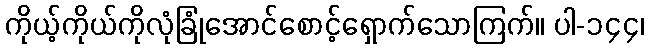
ကိုယ့်ကိုယ်ကိုလုံခြုံအောင်စောင့်ရှောက်သောကြက်။ ပါ-၁၄၄၊